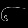
Digit: ၆